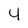
Character: 4